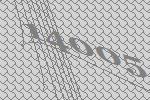
14005